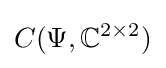
C(\Psi ,\mathbb {C} ^{2\times 2})